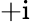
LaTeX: +\mathrm{i}